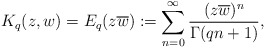
\begin{align*}K_q(z,w)=E_q(z\overline{w}):=\displaystyle \sum_{n=0}^\infty \frac{(z\overline{w})^n}{\Gamma(qn+1)},\end{align*}